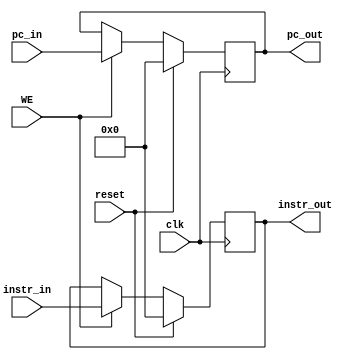
module D_REG (
    input clk,
    input reset,
    input WE,
    input [31:0] instr_in,
    input [31:0] pc_in,
    output reg [31:0] instr_out,
    output reg [31:0] pc_out
);

    always @(posedge clk) begin
        if (reset) begin
            instr_out   <= 0;
            pc_out      <= 0;
        end else if(WE) begin
            instr_out   <= instr_in;
            pc_out      <= pc_in;
        end
    end

endmodule